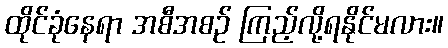
ထိုင်ခုံနေရာ အစီအစဉ် ကြည့်လို့ရနိုင်မလား။